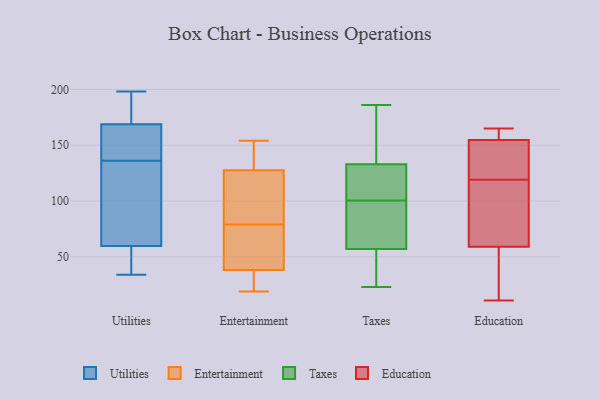
{"axis": {"x": "Active Users", "y": "Value"}, "legend": ["Education", "Entertainment", "Taxes", "Utilities"], "data": [{"x": "", "y": 136, "type": "Utilities"}, {"x": "", "y": 122, "type": "Utilities"}, {"x": "", "y": 50, "type": "Utilities"}, {"x": "", "y": 89, "type": "Utilities"}, {"x": "", "y": 168, "type": "Utilities"}, {"x": "", "y": 198, "type": "Utilities"}, {"x": "", "y": 169, "type": "Utilities"}, {"x": "", "y": 177, "type": "Utilities"}, {"x": "", "y": 48, "type": "Utilities"}, {"x": "", "y": 141, "type": "Utilities"}, {"x": "", "y": 34, "type": "Utilities"}, {"x": "", "y": 35, "type": "Entertainment"}, {"x": "", "y": 135, "type": "Entertainment"}, {"x": "", "y": 19, "type": "Entertainment"}, {"x": "", "y": 79, "type": "Entertainment"}, {"x": "", "y": 38, "type": "Entertainment"}, {"x": "", "y": 39, "type": "Entertainment"}, {"x": "", "y": 105, "type": "Entertainment"}, {"x": "", "y": 54, "type": "Entertainment"}, {"x": "", "y": 154, "type": "Entertainment"}, {"x": "", "y": 86, "type": "Entertainment"}, {"x": "", "y": 136, "type": "Entertainment"}, {"x": "", "y": 110, "type": "Taxes"}, {"x": "", "y": 38, "type": "Taxes"}, {"x": "", "y": 133, "type": "Taxes"}, {"x": "", "y": 91, "type": "Taxes"}, {"x": "", "y": 135, "type": "Taxes"}, {"x": "", "y": 23, "type": "Taxes"}, {"x": "", "y": 186, "type": "Taxes"}, {"x": "", "y": 57, "type": "Taxes"}, {"x": "", "y": 80, "type": "Taxes"}, {"x": "", "y": 127, "type": "Taxes"}, {"x": "", "y": 136, "type": "Education"}, {"x": "", "y": 65, "type": "Education"}, {"x": "", "y": 107, "type": "Education"}, {"x": "", "y": 80, "type": "Education"}, {"x": "", "y": 161, "type": "Education"}, {"x": "", "y": 140, "type": "Education"}, {"x": "", "y": 154, "type": "Education"}, {"x": "", "y": 55, "type": "Education"}, {"x": "", "y": 156, "type": "Education"}, {"x": "", "y": 165, "type": "Education"}, {"x": "", "y": 86, "type": "Education"}, {"x": "", "y": 57, "type": "Education"}, {"x": "", "y": 25, "type": "Education"}, {"x": "", "y": 119, "type": "Education"}, {"x": "", "y": 47, "type": "Education"}, {"x": "", "y": 161, "type": "Education"}, {"x": "", "y": 155, "type": "Education"}, {"x": "", "y": 11, "type": "Education"}, {"x": "", "y": 130, "type": "Education"}]}